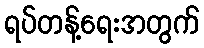
ရပ်တန့်ရေးအတွက်